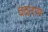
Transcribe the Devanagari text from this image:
वदनाम